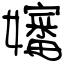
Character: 嬸